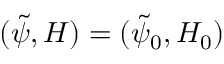
( \tilde { \psi } , H ) = ( \tilde { \psi } _ { 0 } , H _ { 0 } )